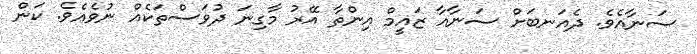
ސަނާއެވެ. ދެއަނބަށް ސަނާއާ ޒައީމް އިންތާ އޭރު މާގިނަ ދުވަސްތަކެއް ނުވެއެވެ. ކަން